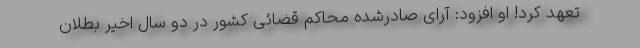
تعهد کرد! او افزود: آرای صادرشده محاکم قضائی کشور در دو سال اخیر بطلان